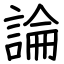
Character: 論